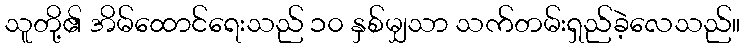
သူတို့၏ အိမ်ထောင်ရေးသည် ၁၀ နှစ်မျှသာ သက်တမ်းရှည်ခဲ့လေသည်။